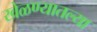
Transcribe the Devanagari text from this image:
खेळण्यातल्या